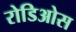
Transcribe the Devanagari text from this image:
रोडिओस